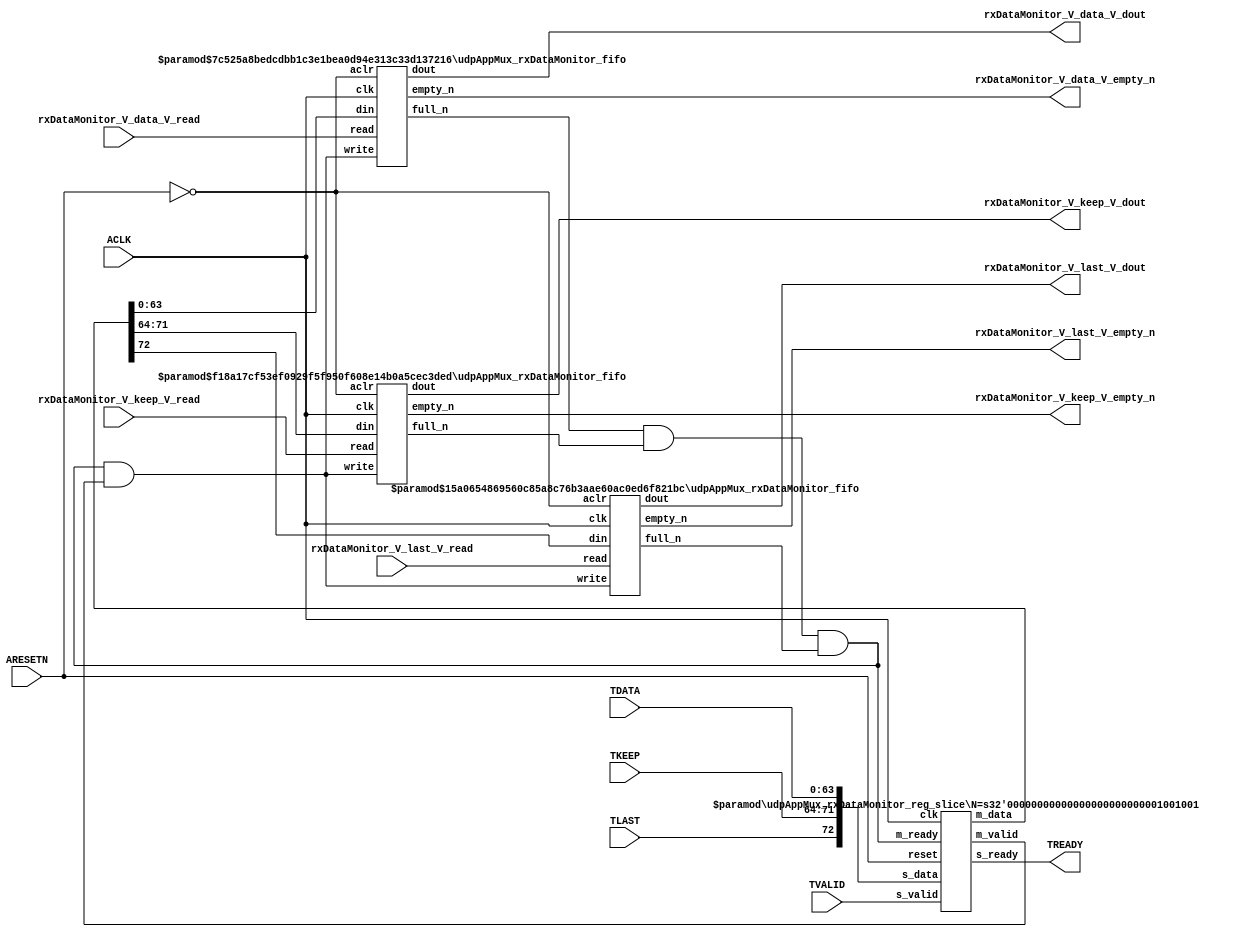
// This program was cloned from: https://github.com/mustafabbas/ECE1373_2016_hft_on_fpga
// License: MIT License

// ==============================================================
// File generated by Vivado(TM) HLS - High-Level Synthesis from C, C++ and SystemC
// Version: 2016.3
// Copyright (C) 1986-2016 Xilinx, Inc. All Rights Reserved.
// 
// ==============================================================


`timescale 1ns/1ps

module udpAppMux_rxDataMonitor_if (
    // AXI4-Stream singals
    input  wire        ACLK,
    input  wire        ARESETN,
    input  wire        TVALID,
    output wire        TREADY,
    input  wire [63:0] TDATA,
    input  wire [7:0]  TKEEP,
    input  wire [0:0]  TLAST,
    // User signals
    output wire [63:0] rxDataMonitor_V_data_V_dout,
    output wire        rxDataMonitor_V_data_V_empty_n,
    input  wire        rxDataMonitor_V_data_V_read,
    output wire [7:0]  rxDataMonitor_V_keep_V_dout,
    output wire        rxDataMonitor_V_keep_V_empty_n,
    input  wire        rxDataMonitor_V_keep_V_read,
    output wire [0:0]  rxDataMonitor_V_last_V_dout,
    output wire        rxDataMonitor_V_last_V_empty_n,
    input  wire        rxDataMonitor_V_last_V_read
);
//------------------------Local signal-------------------
// FIFO
wire [0:0]  fifo_write;
wire [0:0]  fifo_full_n;
wire [63:0] rxDataMonitor_V_data_V_din;
wire [0:0]  rxDataMonitor_V_data_V_full_n;
wire [7:0]  rxDataMonitor_V_keep_V_din;
wire [0:0]  rxDataMonitor_V_keep_V_full_n;
wire [0:0]  rxDataMonitor_V_last_V_din;
wire [0:0]  rxDataMonitor_V_last_V_full_n;
// register slice
wire [0:0]  s_valid;
wire [0:0]  s_ready;
wire [72:0] s_data;
wire [0:0]  m_valid;
wire [0:0]  m_ready;
wire [72:0] m_data;

//------------------------Instantiation------------------
// rs
udpAppMux_rxDataMonitor_reg_slice #(
    .N       ( 73 )
) rs (
    .clk     ( ACLK ),
    .reset   ( ARESETN ),
    .s_data  ( s_data ),
    .s_valid ( s_valid ),
    .s_ready ( s_ready ),
    .m_data  ( m_data ),
    .m_valid ( m_valid ),
    .m_ready ( m_ready )
);

// rxDataMonitor_V_data_V_fifo
udpAppMux_rxDataMonitor_fifo #(
    .DATA_BITS  ( 64 ),
    .DEPTH_BITS ( 4 )
) rxDataMonitor_V_data_V_fifo (
    .clk        ( ACLK ),
    .aclr       ( ~ARESETN ),
    .empty_n    ( rxDataMonitor_V_data_V_empty_n ),
    .full_n     ( rxDataMonitor_V_data_V_full_n ),
    .read       ( rxDataMonitor_V_data_V_read ),
    .write      ( fifo_write ),
    .dout       ( rxDataMonitor_V_data_V_dout ),
    .din        ( rxDataMonitor_V_data_V_din )
);

// rxDataMonitor_V_keep_V_fifo
udpAppMux_rxDataMonitor_fifo #(
    .DATA_BITS  ( 8 ),
    .DEPTH_BITS ( 4 )
) rxDataMonitor_V_keep_V_fifo (
    .clk        ( ACLK ),
    .aclr       ( ~ARESETN ),
    .empty_n    ( rxDataMonitor_V_keep_V_empty_n ),
    .full_n     ( rxDataMonitor_V_keep_V_full_n ),
    .read       ( rxDataMonitor_V_keep_V_read ),
    .write      ( fifo_write ),
    .dout       ( rxDataMonitor_V_keep_V_dout ),
    .din        ( rxDataMonitor_V_keep_V_din )
);

// rxDataMonitor_V_last_V_fifo
udpAppMux_rxDataMonitor_fifo #(
    .DATA_BITS  ( 1 ),
    .DEPTH_BITS ( 4 )
) rxDataMonitor_V_last_V_fifo (
    .clk        ( ACLK ),
    .aclr       ( ~ARESETN ),
    .empty_n    ( rxDataMonitor_V_last_V_empty_n ),
    .full_n     ( rxDataMonitor_V_last_V_full_n ),
    .read       ( rxDataMonitor_V_last_V_read ),
    .write      ( fifo_write ),
    .dout       ( rxDataMonitor_V_last_V_dout ),
    .din        ( rxDataMonitor_V_last_V_din )
);

//------------------------Body---------------------------
//++++++++++++++++++++++++AXI4-Stream++++++++++++++++++++
assign TREADY = s_ready;

//+++++++++++++++++++++++++++++++++++++++++++++++++++++++

//++++++++++++++++++++++++Reigister Slice++++++++++++++++
assign s_valid = TVALID;
assign m_ready = fifo_full_n;
assign s_data  = {TLAST[0:0], TKEEP[7:0], TDATA[63:0]};

//+++++++++++++++++++++++++++++++++++++++++++++++++++++++

//++++++++++++++++++++++++FIFO+++++++++++++++++++++++++++
assign fifo_write                 = fifo_full_n & m_valid;
assign rxDataMonitor_V_data_V_din = m_data[63:0];
assign rxDataMonitor_V_keep_V_din = m_data[71:64];
assign rxDataMonitor_V_last_V_din = m_data[72:72];
assign fifo_full_n                = rxDataMonitor_V_data_V_full_n & rxDataMonitor_V_keep_V_full_n & rxDataMonitor_V_last_V_full_n;

//+++++++++++++++++++++++++++++++++++++++++++++++++++++++

endmodule



`timescale 1ns/1ps

module udpAppMux_rxDataMonitor_fifo
#(parameter
    DATA_BITS  = 8,
    DEPTH_BITS = 4
)(
    input  wire                 clk,
    input  wire                 aclr,
    output wire                 empty_n,
    output wire                 full_n,
    input  wire                 read,
    input  wire                 write,
    output wire [DATA_BITS-1:0] dout,
    input  wire [DATA_BITS-1:0] din
);
//------------------------Parameter----------------------
localparam
    DEPTH = 1 << DEPTH_BITS;
//------------------------Local signal-------------------
reg                   empty;
reg                   full;
reg  [DEPTH_BITS-1:0] index;
reg  [DATA_BITS-1:0]  mem[0:DEPTH-1];
//------------------------Body---------------------------
assign empty_n = ~empty;
assign full_n  = ~full;
assign dout    = mem[index];

// empty
always @(posedge clk or posedge aclr) begin
    if (aclr)
        empty <= 1'b1;
    else if (empty & write & ~read)
        empty <= 1'b0;
    else if (~empty & ~write & read & (index==1'b0))
        empty <= 1'b1;
end

// full
always @(posedge clk or posedge aclr) begin
    if (aclr)
        full <= 1'b0;
    else if (full & read & ~write)
        full <= 1'b0;
    else if (~full & ~read & write & (index==DEPTH-2'd2))
        full <= 1'b1;
end

// index
always @(posedge clk or posedge aclr) begin
    if (aclr)
        index <= {DEPTH_BITS{1'b1}};
    else if (~empty & ~write & read)
        index <= index - 1'b1;
    else if (~full & ~read & write)
        index <= index + 1'b1;
end

// mem
always @(posedge clk) begin
    if (~full & write) mem[0] <= din;
end

genvar i;
generate
    for (i = 1; i < DEPTH; i = i + 1) begin : gen_sr
        always @(posedge clk) begin
            if (~full & write) mem[i] <= mem[i-1];
        end
    end
endgenerate

endmodule

`timescale 1ns/1ps

module udpAppMux_rxDataMonitor_reg_slice
#(parameter
    N = 8   // data width
) (
    // system signals
    input  wire         clk,
    input  wire         reset,
    // slave side
    input  wire [N-1:0] s_data,
    input  wire         s_valid,
    output wire         s_ready,
    // master side
    output wire [N-1:0] m_data,
    output wire         m_valid,
    input  wire         m_ready
);
//------------------------Parameter----------------------
// state
localparam [1:0]
    ZERO = 2'b10,
    ONE  = 2'b11,
    TWO  = 2'b01;
//------------------------Local signal-------------------
reg  [N-1:0] data_p1;
reg  [N-1:0] data_p2;
wire         load_p1;
wire         load_p2;
wire         load_p1_from_p2;
reg          s_ready_t;
reg  [1:0]   state;
reg  [1:0]   next;
//------------------------Body---------------------------
assign s_ready = s_ready_t;
assign m_data  = data_p1;
assign m_valid = state[0];

assign load_p1 = (state == ZERO && s_valid) ||
                 (state == ONE && s_valid && m_ready) ||
                 (state == TWO && m_ready);
assign load_p2 = s_valid & s_ready;
assign load_p1_from_p2 = (state == TWO);

// data_p1
always @(posedge clk) begin
    if (load_p1) begin
        if (load_p1_from_p2)
            data_p1 <= data_p2;
        else
            data_p1 <= s_data;
    end
end

// data_p2
always @(posedge clk) begin
    if (load_p2) data_p2 <= s_data;
end

// s_ready_t
always @(posedge clk) begin
    if (~reset)
        s_ready_t <= 1'b0;
    else if (state == ZERO)
        s_ready_t <= 1'b1;
    else if (state == ONE && next == TWO)
        s_ready_t <= 1'b0;
    else if (state == TWO && next == ONE)
        s_ready_t <= 1'b1;
end

// state
always @(posedge clk) begin
    if (~reset)
        state <= ZERO;
    else
        state <= next;
end

// next
always @(*) begin
    case (state)
        ZERO:
            if (s_valid & s_ready)
                next = ONE;
            else
                next = ZERO;
        ONE:
            if (~s_valid & m_ready)
                next = ZERO;
            else if (s_valid & ~m_ready)
                next = TWO;
            else
                next = ONE;
        TWO:
            if (m_ready)
                next = ONE;
            else
                next = TWO;
        default:
            next = ZERO;
    endcase
end

endmodule